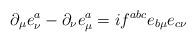
\begin{align*}\partial_\mu e^a_\nu-\partial_\nu e^a_\mu = if^{abc} e_{b\mu} e_{c\nu}\end{align*}